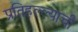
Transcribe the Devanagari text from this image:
प्रतिहल्ल्याची